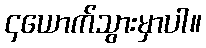
၄ယောက်သွားမှာပါ။